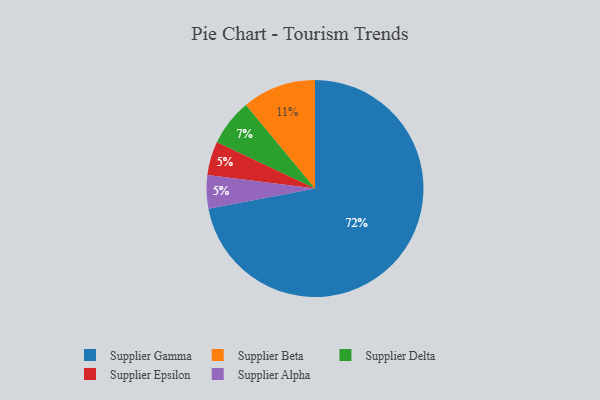
{"axis": {"x": "Category", "y": "Percentage"}, "legend": ["Supplier Alpha", "Supplier Beta", "Supplier Delta", "Supplier Epsilon", "Supplier Gamma"], "data": [{"x": "Supplier Epsilon", "y": 5, "type": "Supplier Epsilon"}, {"x": "Supplier Beta", "y": 11, "type": "Supplier Beta"}, {"x": "Supplier Delta", "y": 7, "type": "Supplier Delta"}, {"x": "Supplier Gamma", "y": 72, "type": "Supplier Gamma"}, {"x": "Supplier Alpha", "y": 5, "type": "Supplier Alpha"}]}